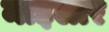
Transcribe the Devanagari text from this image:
माइलार